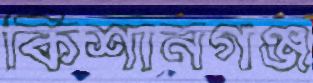
কিশানগঞ্জ